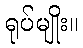
ရုပ်မျိုး။